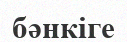
бәнкіге